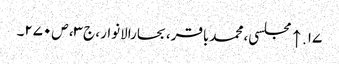
۱۷. ↑ مجلسی، محمدباقر، بحارالانوار، ج‌۳، ص‌۲۷۰۔